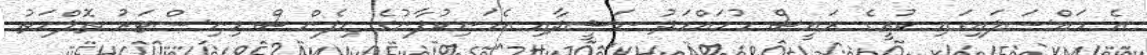
އެ މައްސަލައިގައި ކުރީގެ ރައީސް މުހައްމަދު ނަޝީދާއި އެމަނިކުފާނުގެ ޑިފެންސް މިނިސްޓަރު ތޮލްހަތު